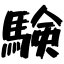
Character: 験